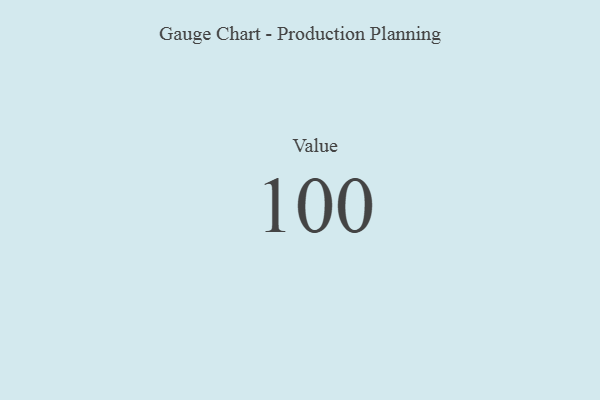
{"axis": {"x": "Metric", "y": "Value"}, "legend": [""], "data": [{"x": "Value", "y": 100, "type": ""}]}